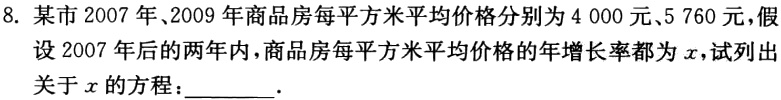
$4000(1 + x)^{2}=5760$